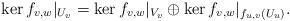
LaTeX: \begin{align*}\ker f_{v,w}|_{U_v}=\ker f_{v,w}|_{V_v}\oplus\ker f_{v,w}|_{f_{u,v}(U_u)}.\end{align*}